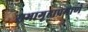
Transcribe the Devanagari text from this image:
सभागृहाप्रमाणे